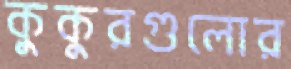
কুকুরগুলোর